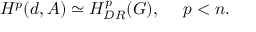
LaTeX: H ^ { p } ( d , { \cal A } ) \simeq H _ { D R } ^ { p } ( G ) , \ \ \ \ p < n .